system: You are a helpful assistant.
user:
Analyze the provided spectrum to determine if it is a **M-type Giant (gM)**.

A M-type Giant spectrum is defined by its **strong molecular absorption** features, particularly from **Titanium Oxide (TiO)**. You must check for one of the following mutually exclusive signatures:

- **Key Visual Indicators (Absorption-Dominated Spectrum):**

    - **(Primary):** The spectrum is dominated by strong molecular absorption from **Titanium Oxide (TiO)**. This is the **defining feature** of its M-type temperature class.
        - **(Key Bandheads):** Look for sharp, "saw-tooth" absorption valleys. The strongest are located near **~7050 Å**, **~6160 Å**, and **~5170 Å**.
        - **(Line Profile):** The "saw-tooth" morphology is critical: a **sharp, steep drop on the BLUE (short-wavelength) side** of the bandhead, followed by a gradual recovery (rising flux) towards the RED (long-wavelength) side.

    - **(Key Confirmation - Giant vs. Dwarf):** **ABSENCE** of strong **Calcium Hydride (CaH)** molecular bands. This is the primary diagnostic for *excluding* M-dwarfs.
        - **(Key Region):** The spectrum should lack the strong, broad absorption band seen in dwarfs between **~6800 Å and ~7000 Å**.

    - **(Secondary Confirmation - Giant):** A very strong and broad **Neutral Calcium (Ca I)** atomic absorption line.
        - **(Key Line):** Located at **~4226 Å**. In a giant (gM), this line is significantly deeper and broader than the same line in an M-dwarf (dM) due to low surface gravity.

    - **(Overall Spectrum):**
        - The continuum is **extremely red-sloping** (i.e., flux is very low in the blue and rises dramatically towards the red).
        - The entire spectrum appears "chopped up" by the deep TiO bands.

Think first, call **spectral_visualization_tool** if needed to examine features in detail, then provide your final answer. Your response must adhere to the following strict rules:
1.  **Overall Structure:** Your response must follow the format `<think>...</think> <tool_call>...</tool_call> (if a tool is used) <answer>...</answer>`.
2.  **Tool Usage Constraint:** You may only make **one** tool call per turn.
3.  **Final Answer Format:** In the `<answer>` tag, your conclusion must be inside a `\boxed{}` command (e.g., `\boxed{YES}` or `\boxed{NO}`), followed by your justification.

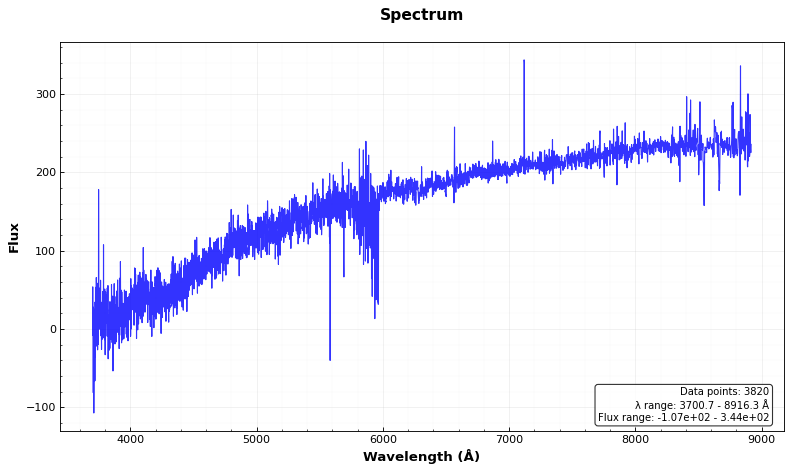
Answer: NO